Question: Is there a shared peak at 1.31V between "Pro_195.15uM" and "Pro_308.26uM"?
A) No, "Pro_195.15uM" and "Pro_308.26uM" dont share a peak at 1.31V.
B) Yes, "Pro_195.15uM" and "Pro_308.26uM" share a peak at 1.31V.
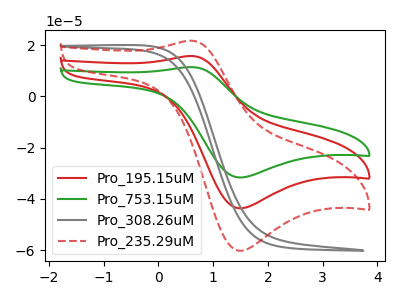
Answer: <think>The red curve "Pro_195.15uM" has an anodic peak at (0.60V, 15.75uA) and a cathodic peak at (1.45V, -43.65uA). The green curve "Pro_753.15uM" has an anodic peak at (0.60V, 31.45uA) and a cathodic peak at (1.45V, -87.30uA). The gray curve "Pro_308.26uM" has no peaks. The red dashed curve "Pro_235.29uM" has an anodic peak at (0.60V, 21.70uA) and a cathodic peak at (1.45V, -60.20uA).</think>
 <answer>A) No, "Pro_195.15uM" and "Pro_308.26uM" dont share a peak at 1.31V.</answer>
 <eval>A</eval>